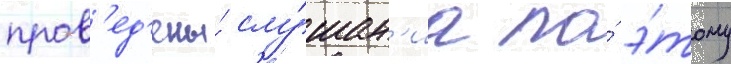
пров'ед'ены́ слу́шан'иа по́ э́тому